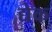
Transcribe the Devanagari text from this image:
द्येक